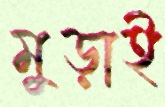
মুড়াই